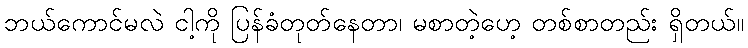
ဘယ်ကောင်မလဲ ငါ့ကို ပြန်ခံတုတ်နေတာ၊ မစာတဲ့ဟေ့ တစ်စာတည်း ရှိတယ်။